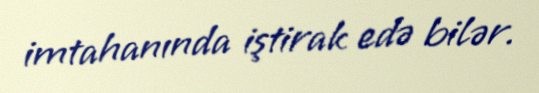
imtahanında iştirak edə bilər.